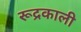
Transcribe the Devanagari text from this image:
रूद्रकाली